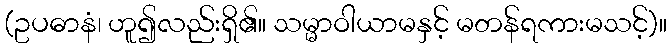
(ဥပဓာနံ၊ ဟူ၍လည်းရှိ၏။ သမ္မာဝါယာမနှင့် မတန်ရကားမသင့်)။